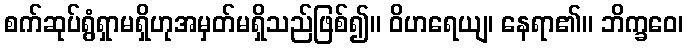
စက်ဆုပ်ရွံရှာမရှိဟုအမှတ်မရှိသည်ဖြစ်၍။ ဝိဟရေယျ၊ နေရာ၏။ ဘိက္ခဝေ၊